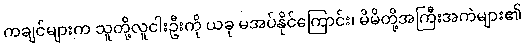
ကချင်များက သူတို့လူငါးဦးကို ယခု မအပ်နိုင်ကြောင်း၊ မိမိတို့အကြီးအကဲများ၏